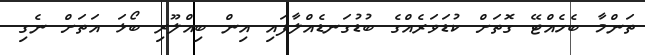
ތަންމާ ބެހެއްޓޭ ގޮތަށް ކުޑަވަރެއްގެ ބުޑުގަނޑެެއްލާފައި އިން ބިއްލޫރި ބޯޅަ އަތަށް ނެގި